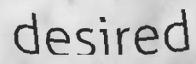
desired